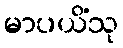
မာပယိံသု